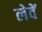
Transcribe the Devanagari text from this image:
लेवें